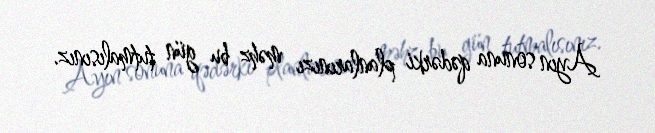
Ayın sonuna qədərki planlarınızı məhz bu gün tutmalısınız.